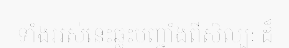
ទាំងអស់នេះឆ្លុះបញ្ចាំងពីសិល្បៈ ដ៏